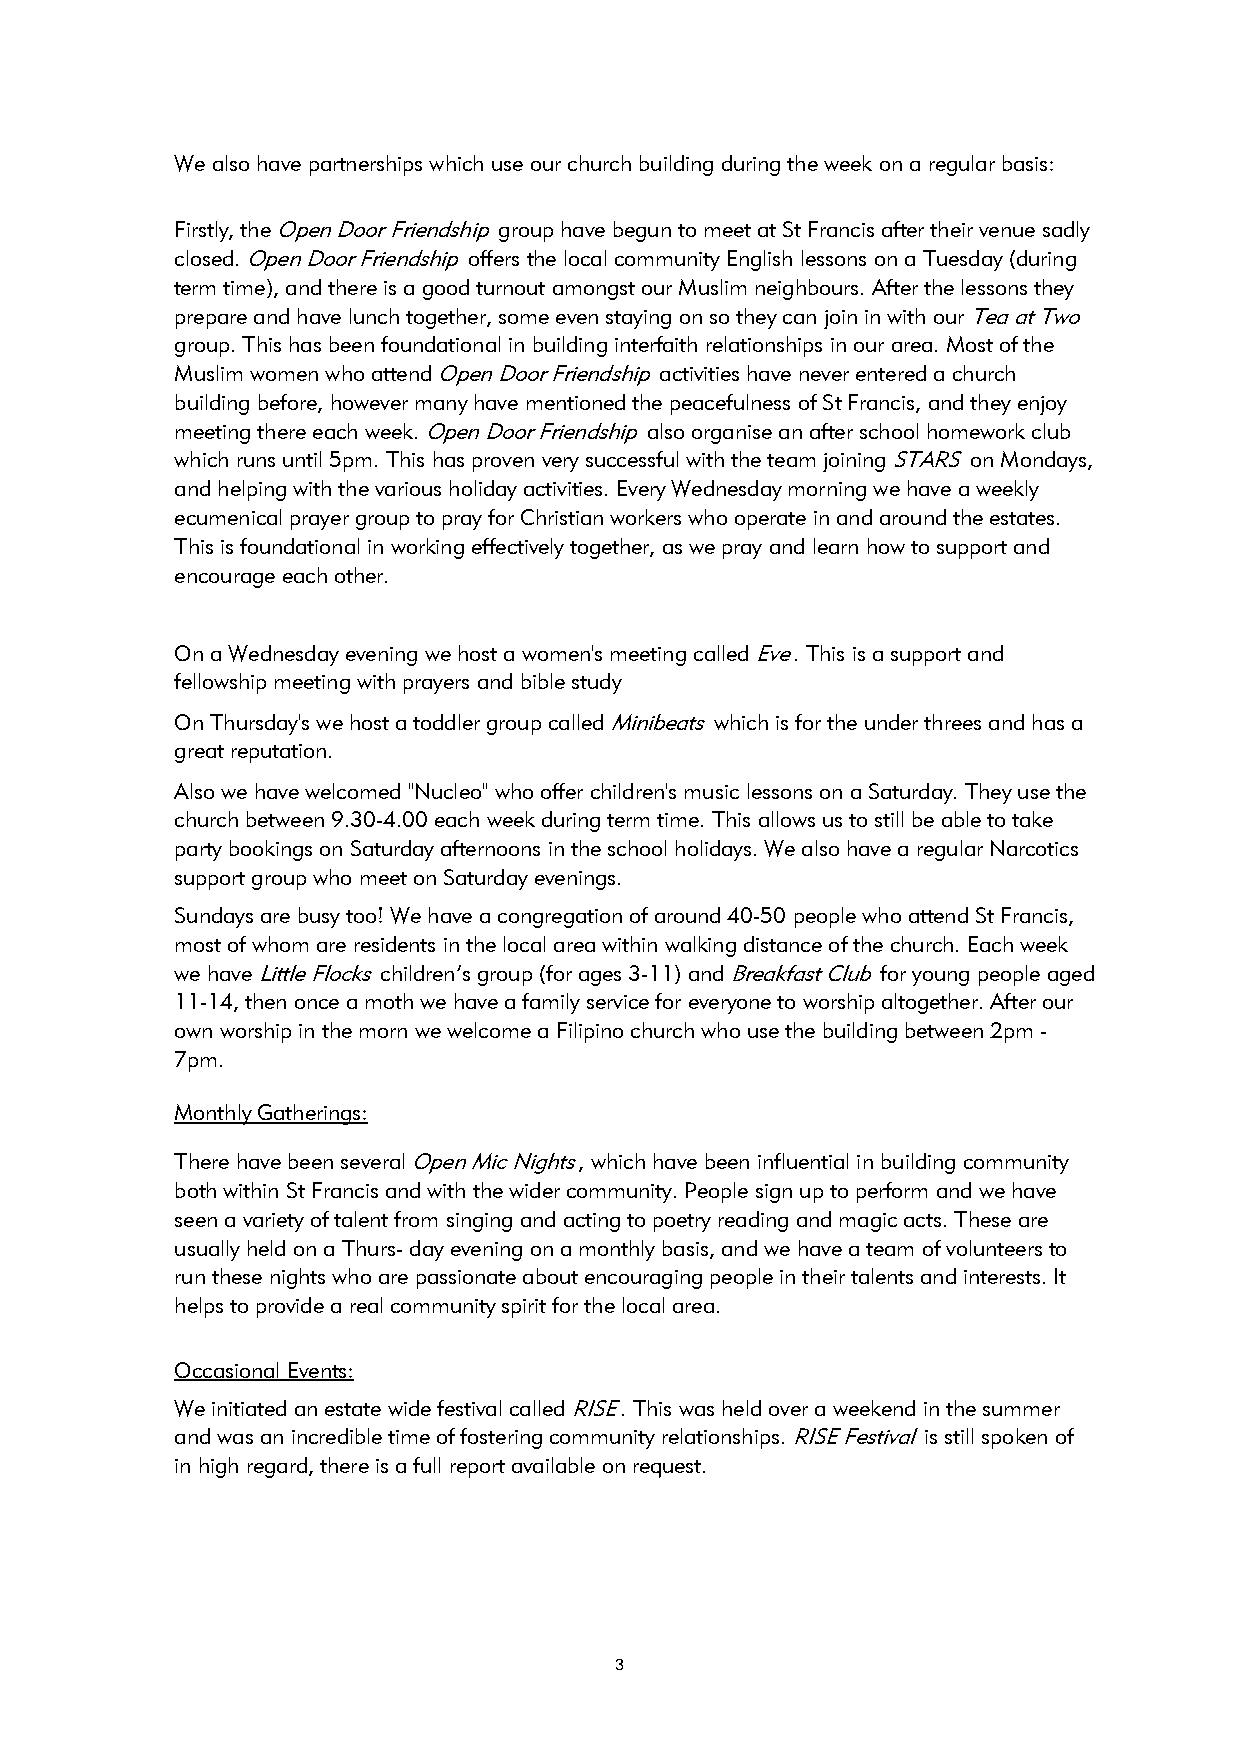
We also have partnerships which use our church building during the week on a regular basis:
 Firstly, the Open Door Friendship group have begun to meet at St Francis after their venue sadly
 closed. Open Door Friendship offers the local community English lessons on a Tuesday (during
 term time), and there is a good turnout amongst our Muslim neighbours. After the lessons they
 prepare and have lunch together, some even staying on so they can join in with our Tea at Two
 group. This has been foundational in building interfaith relationships in our area. Most of the
 Muslim women who attend Open Door Friendship activities have never entered a church
 building before, however many have mentioned the peacefulness of St Francis, and they enjoy
 meeting there each week. Open Door Friendship also organise an after school homework club
 which runs until 5pm. This has proven very successful with the team joining STARS on Mondays,
 and helping with the various holiday activities. Every Wednesday morning we have a weekly
 ecumenical prayer group to pray for Christian workers who operate in and around the estates.
 This is foundational in working effectively together, as we pray and learn how to support and
 encourage each other.
 On a Wednesday evening we host a women's meeting called Eve. This is a support and
 fellowship meeting with prayers and bible study
 On Thursday's we host a toddler group called Minibeats which is for the under threes and has a
 great reputation.
 Also we have welcomed "Nucleo" who offer children's music lessons on a Saturday. They use the
 church between 9.30-4.00 each week during term time. This allows us to still be able to take
 party bookings on Saturday afternoons in the school holidays. We also have a regular Narcotics
 support group who meet on Saturday evenings.
 Sundays are busy too! We have a congregation of around 40-50 people who attend St Francis,
 most of whom are residents in the local area within walking distance of the church. Each week
 we have Little Flocks children’s group (for ages 3-11) and Breakfast Club for young people aged
 11-14, then once a moth we have a family service for everyone to worship altogether. After our
 own worship in the morn we welcome a Filipino church who use the building between 2pm -
 7pm.
 Monthly Gatherings:
 There have been several Open Mic Nights, which have been influential in building community
 both within St Francis and with the wider community. People sign up to perform and we have
 seen a variety of talent from singing and acting to poetry reading and magic acts. These are
 usually held on a Thurs- day evening on a monthly basis, and we have a team of volunteers to
 run these nights who are passionate about encouraging people in their talents and interests. It
 helps to provide a real community spirit for the local area.
 Occasional Events:
 We initiated an estate wide festival called RISE. This was held over a weekend in the summer
 and was an incredible time of fostering community relationships. RISE Festival is still spoken of
 in high regard, there is a full report available on request.
 3